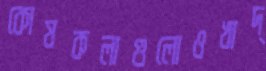
কোষকলাগুলোওখাদ্